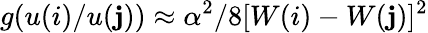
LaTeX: g(u(i)/u(\mathbf{j}))\approx\alpha^{2}/8[W(i)-W(\mathbf{j})]^{2}